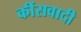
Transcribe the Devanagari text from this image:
कींसवादी